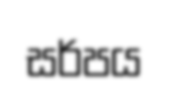
සර්පය